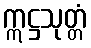
ဣဋ္ဌသုတ္တံ